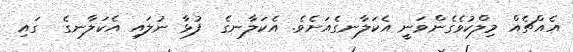
އެއްޗެއް މިލްކުވެގެންވަނީ އެކަލާނގެއަށެވެ. އެކަލާނގެ  ފުޅާ ނުލައި އެކަލާނގެ  ގައި